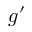
g ^ { \prime }